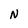
Character: N